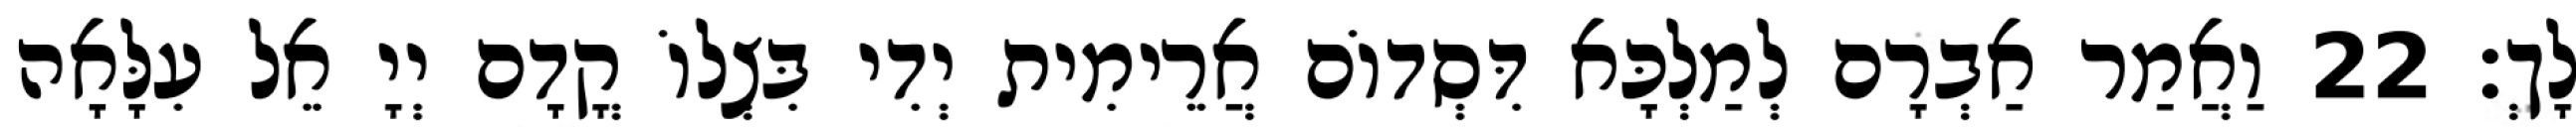
לָךְ׃ 22 וַאֲמַר אַבְרָם לְמַלְכָּא דִּסְדוֹם אֲרֵימִית יְדִי בִּצְלוֹ קֳדָם יְיָ אֵל עִלָּאָה